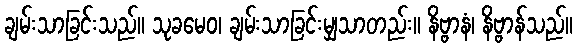
ချမ်းသာခြင်းသည်။ သုခမေဝ၊ ချမ်းသာခြင်းမျှသာတည်း။ နိဗ္ဗာနံ၊ နိဗ္ဗာန်သည်။